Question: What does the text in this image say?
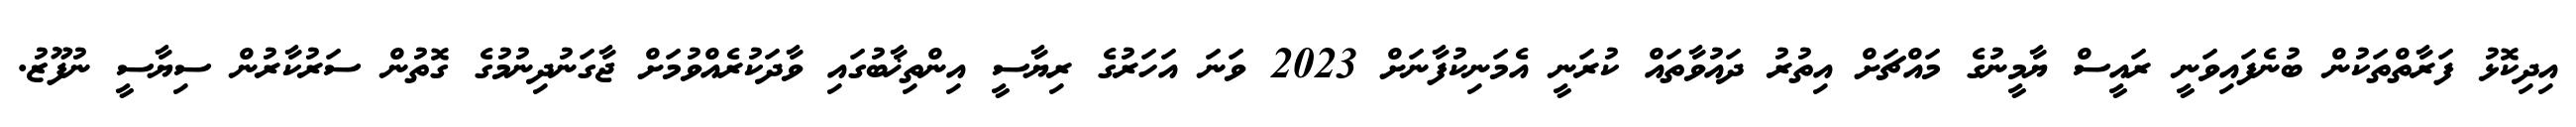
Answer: އިދިކޮޅު ފަރާތްތަކުން ބުނެފައިވަނީ ރައީސް ޔާމީނުގެ މައްޗަށް އިތުރު ދައުވާތައް ކުރަނީ އެމަނިކުފާނަށް 2023 ވަނަ އަހަރުގެ ރިޔާސީ އިންތިޚާބުގައި ވާދަކުރެއްވުމަށް ޖާގަނުދިނުމުގެ ގޮތުން ސަރުކާރުން ސިޔާސީ ނުފޫޒު.